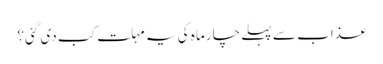
عذاب سے پہلے چار ماہ کی یہ مہلت کب دی گئی؟